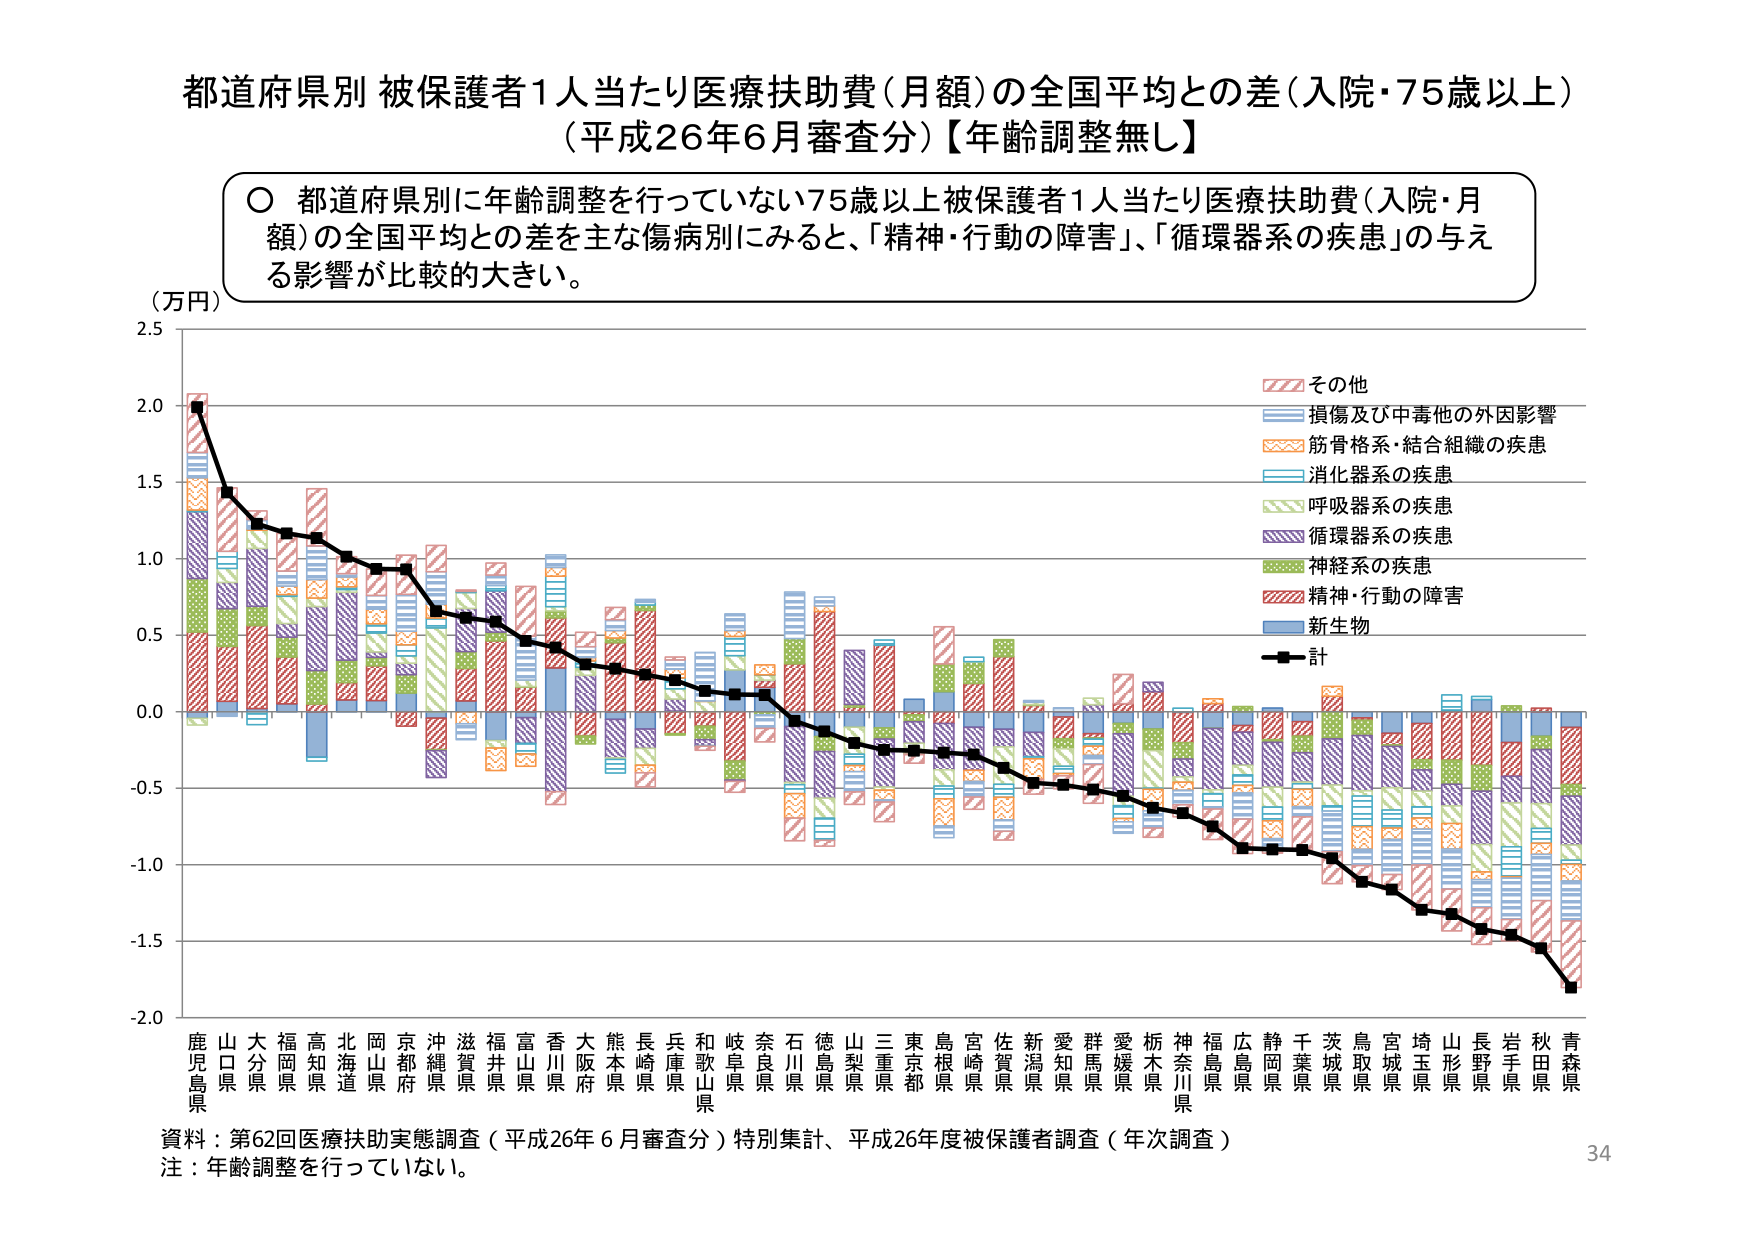
都道府県別 被保護者1人当たり医療扶助費（月額）の全国平均との差（入院・75歳以上）
（平成26年6月審査分）【年齢調整無し】

○ 都道府県別に年齢調整を行っていない75歳以上被保護者1人当たり医療扶助費（入院・月額）の全国平均との差を主な傷病別にみると、「精神・行動の障害」、「循環器系の疾患」の与える影響が比較的大きい。

（万円）

2.5
2.0
1.5
1.0
0.5
0.0
-0.5
-1.0
-1.5
-2.0

その他
損傷及び中毒他の外因影響
筋骨格系・結合組織の疾患
消化器系の疾患
呼吸器系の疾患
循環器系の疾患
神経系の疾患
精神・行動の障害
新生物
計

鹿児島県 山口県 大分県 福岡県 高知県 北海道 岡山県 京都府 沖縄県 滋賀県 福井県 富山県 香川県 大阪府 熊本県 長崎県 兵庫県 和歌山県 岐阜県 奈良県 石川県 徳島県 山梨県 三重県 東京都 島根県 宮崎県 佐賀県 新潟県 愛知県 群馬県 愛媛県 栃木県 神奈川県 福島県 広島県 静岡県 千葉県 茨城県 鳥取県 宮城県 埼玉県 山形県 長野県 岩手県 秋田県 青森県

資料：第62回医療扶助実態調査（平成26年6月審査分）特別集計、平成26年度被保護者調査（年次調査）
注：年齢調整を行っていない。

34